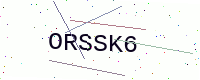
Text: ORSSK6